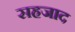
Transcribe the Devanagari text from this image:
सहजाद